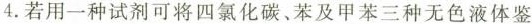
4.若用一种试剂可将四氯化碳，苯及甲苯三种无色液体鉴